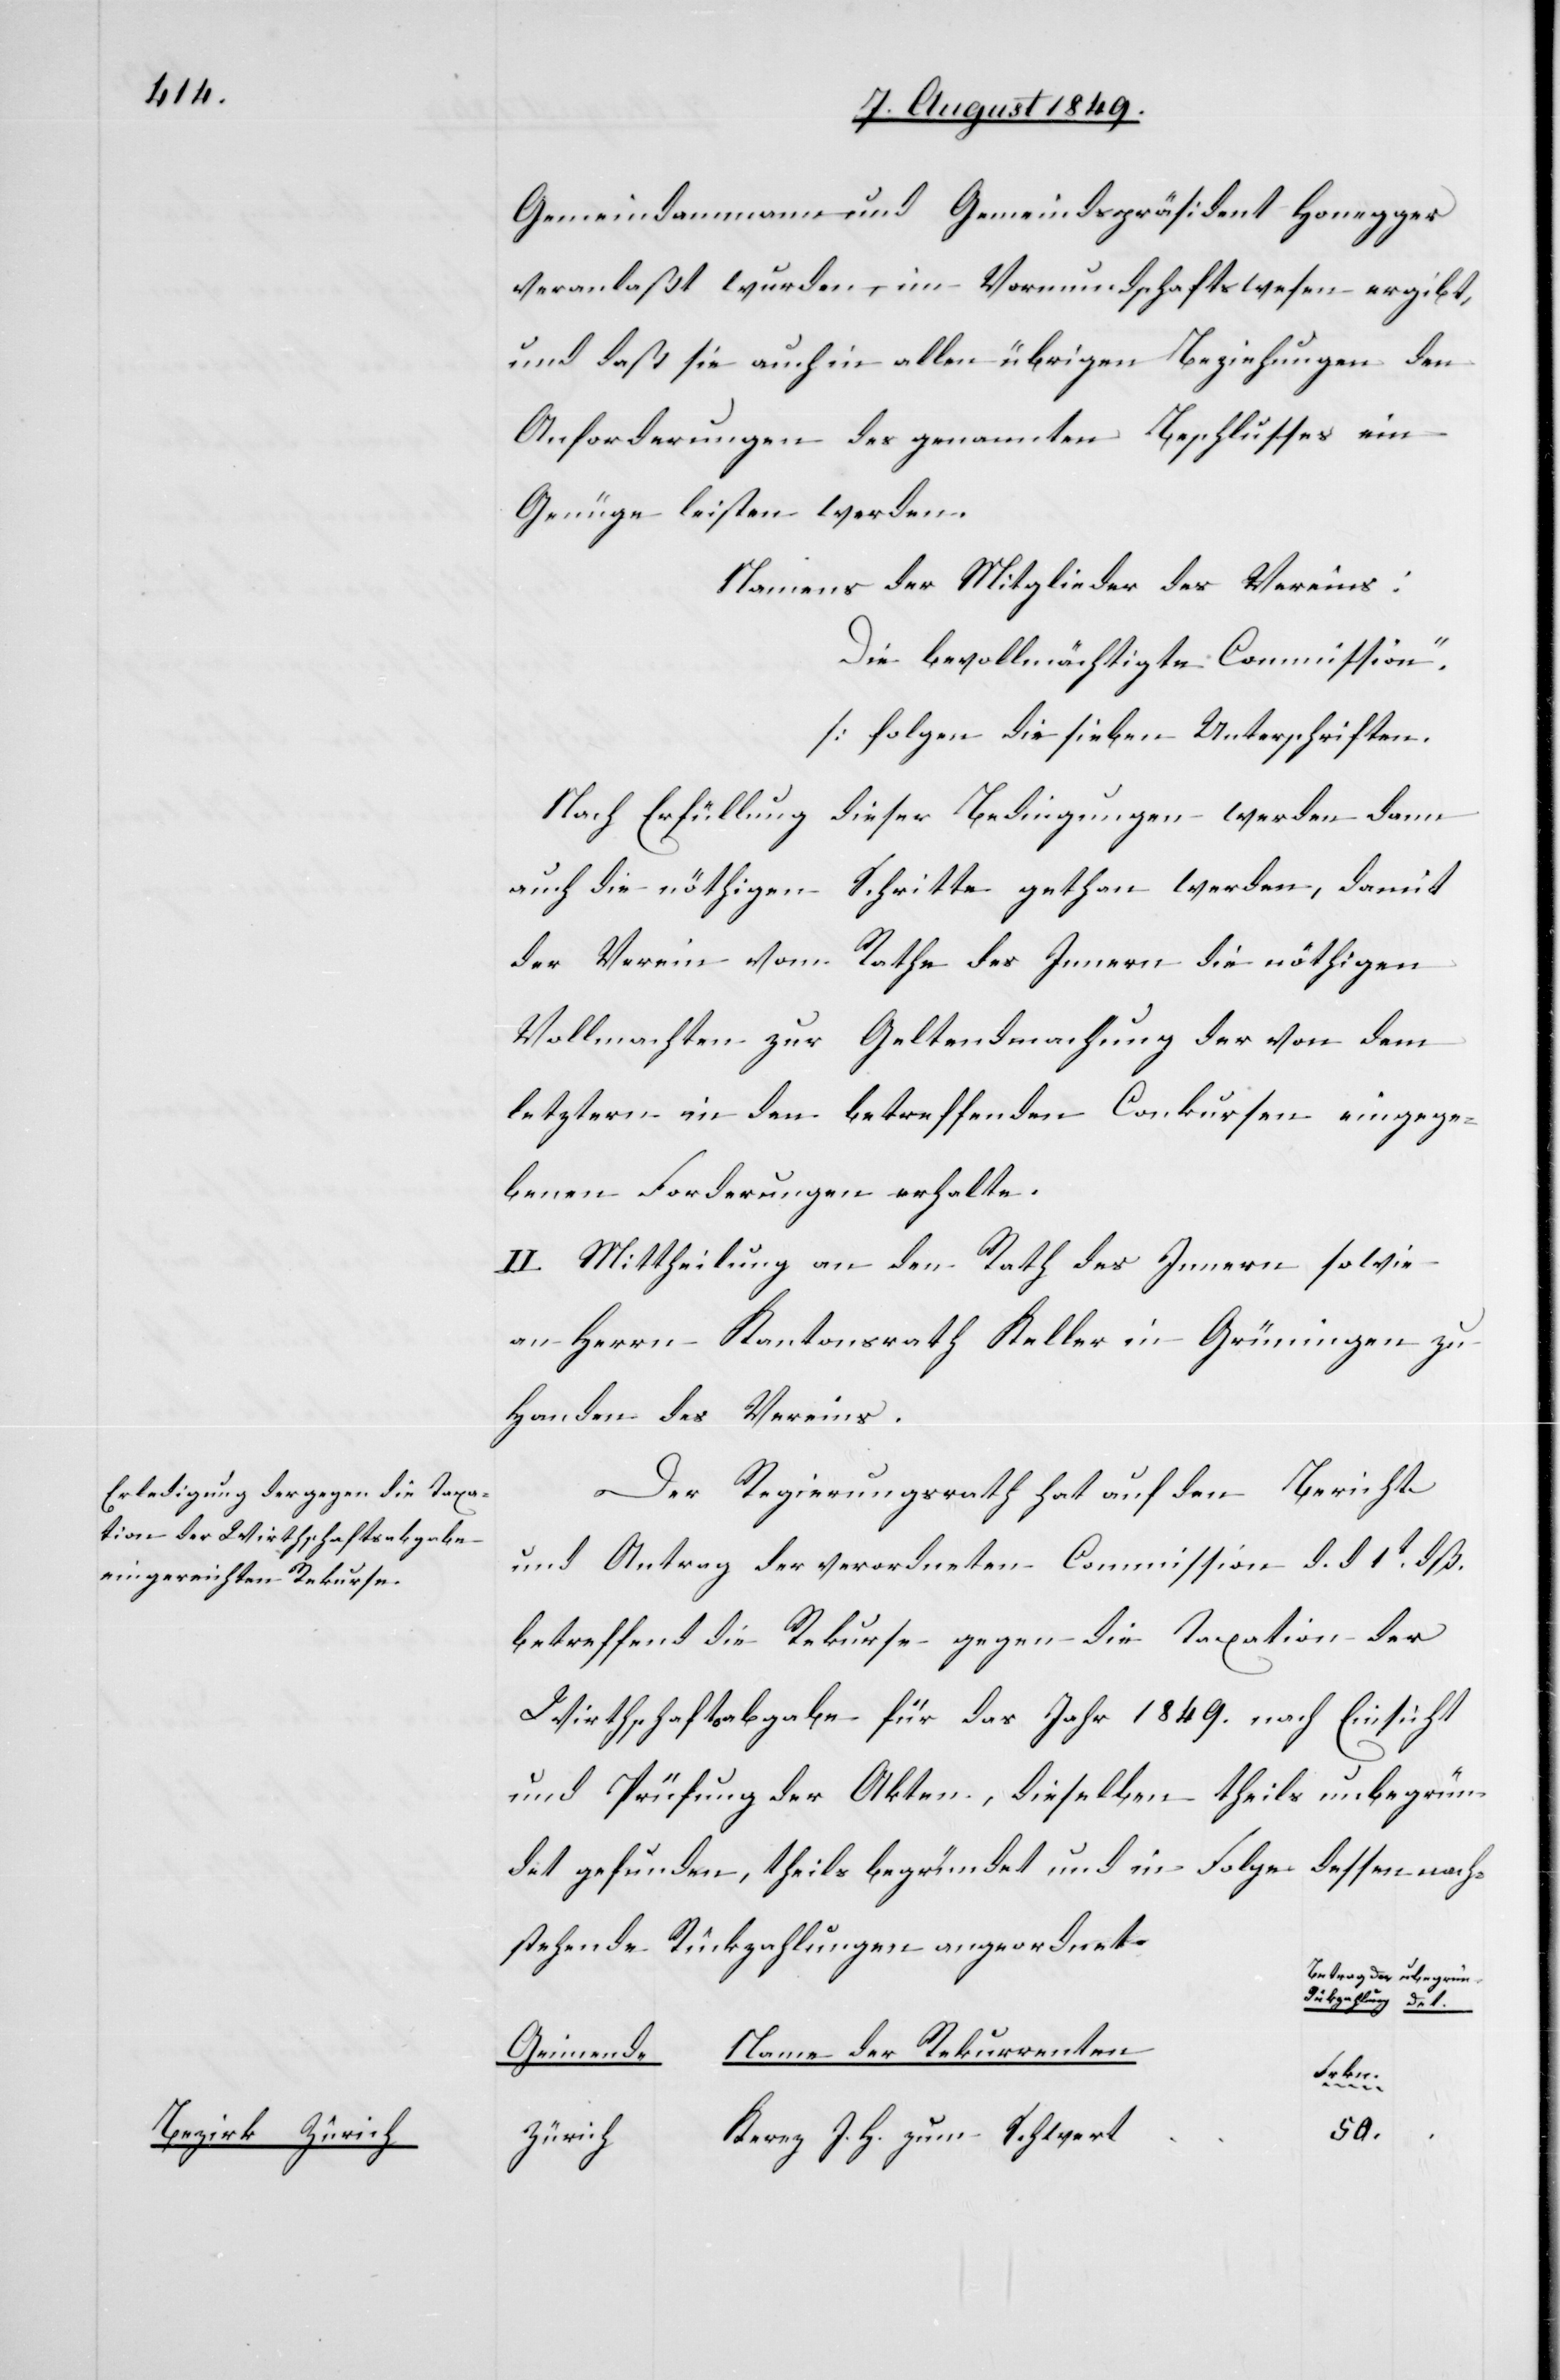
Bezirk Zürich

Gemeindammann und Gemeindspräsident Honegger
veranlaßt wurden, im Vormundschaftswesen ergibt,
und daß sie auch in allen übrigen Beziehungen den
Anforderungen des genannten Beschlusses ein
Genüge leisten werden.
Namens der Mitglieder des Vereins:
Die bevollmächtigte Commission“.
[folgen die sieben Unterschrifte¬
Nach Erfüllung dieser Bedingungen werden dann
auch die nöthigen Schritte gethan werden, damit
der Verein vom Rathe des Innern die nöthigen
Vollmachten zur Geltendmachung der von dem
letztern in den betreffenden Conkursen eingege¬
benen Forderungen erhalte.
II. Mittheilung an den Rath des Innern sowie
an Herrn Kantonsrath Keller in Grüningen zu
Handen des Vereins.
Der Regierungsrath hat auf den Bericht
und Antrag der verordneten Commission d. d. 1t dß.
betreffend die Rekurse gegen die Taxation der
Wirthschaftsabgabe für das Jahr 1849. nach Einsicht
und Prüfung der Akten, dieselben theils unbegrün¬
det gefunden, theils begründet und in Folge dessen nach¬
stehende Rückzahlungen angeordnet.
Betrag der Rückzahlung
Name der Rekurrenten
Gemeinde
Frkn.
50.
Kerez J. H. zum Schwert
Zürich